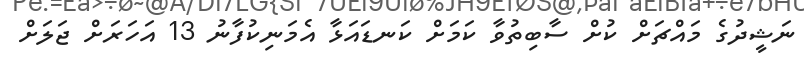
ނަޝީދުގެ މައްޗަށް ކުށް ސާބިތުވާ ކަމަށް ކަނޑައަޅާ އެމަނިކުފާނު 13 އަހަރަށް ޖަލަށް